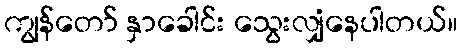
ကျွန်တော် နှာခေါင်း သွေးလျှံနေပါတယ်။